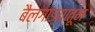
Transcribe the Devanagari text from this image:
बैलगाड्यातून